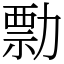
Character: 勡